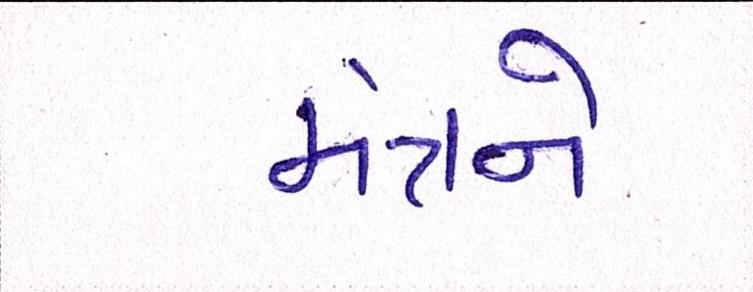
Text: મંત્રને